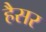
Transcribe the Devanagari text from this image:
हैैसर